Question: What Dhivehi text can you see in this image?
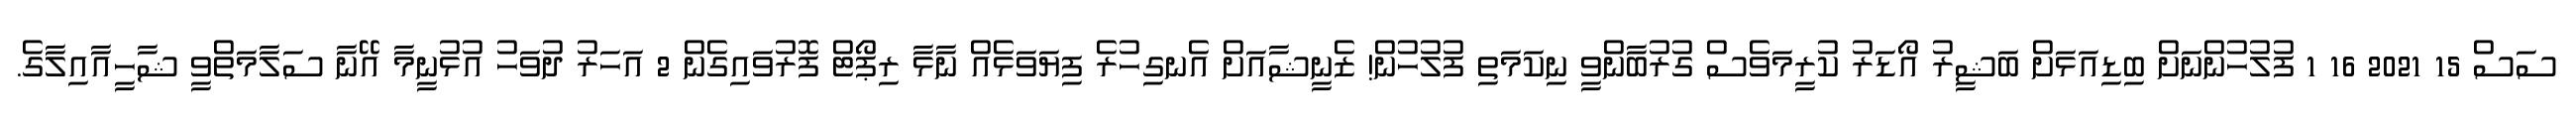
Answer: ސަސް 15 2021 16 1 ފުލުހުންނަށް ބިޑިއަޅަށް ބަޝީރު އޯޑަރު ކުރީމަވެސް ގުރުބާންވީ ނިކަމަތި ފުލުހުން! ޒެނީޝާއަށް އެނގިހުރެ ފިޔަވަޅެއް ނާޅާ ރިޕޯޓް ފޮރުވައިގެން 2 އަހަރު ދުވަހު އުޅުނީމާ އޭނާ ސަލާމަތްވީ ޝާހީއާއިލާގެ.